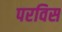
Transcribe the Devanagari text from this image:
परविस